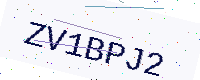
Text: ZV1BPJ2